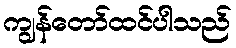
ကျွန်တော်ထင်ပါသည်